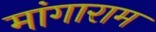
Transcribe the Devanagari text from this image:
मांगाराम